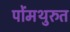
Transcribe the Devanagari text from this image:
पोंमथुरुत